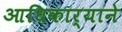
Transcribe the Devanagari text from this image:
आधिकार्‍याने